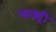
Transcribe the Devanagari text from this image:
फक्ट्री